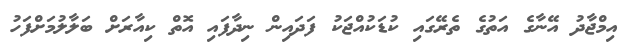
އިމްޖާދު އޭނާގެ އަތުގެ ތެރޭގައި ކުޑަކުއްޖަކު ފަދައިން ނިދާފައި އޮތް ކިއާރަށް ބަލާލުމަށްފަހު